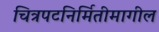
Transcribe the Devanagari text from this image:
चित्रपटनिर्मितीमागील